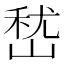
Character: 嵆